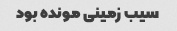
سیب زمینی مونده بود